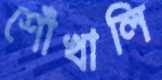
শোঁখালি